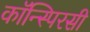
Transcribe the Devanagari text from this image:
कॉन्स्पिरसी